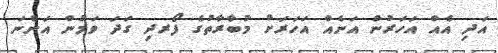
އަދި އެއް އަހަރުން އަނެއް އަހަރަށް މުބާރާތުގެ ފޯރދި ގަދަ ވަމުން އަންނަ